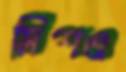
মিশও